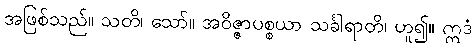
အဖြစ်သည်။ သတိ၊ သော်။ အဝိဇ္ဇာပစ္စယာ သင်္ခါရာတိ၊ ဟူ၍။ ဣဒံ